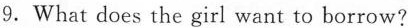
9.What does the girl want to borrow?